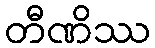
တီဏိဿ